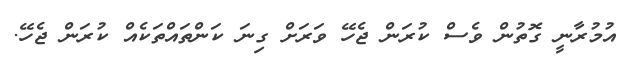
އުމުރާނީ ގޮތުން ވެސް ކުރަން ޖެހޭ ވަރަށް ގިނަ ކަންތައްތަކެއް ކުރަން ޖެހޭ.